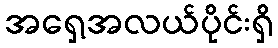
အရှေ့အလယ်ပိုင်းရှိ